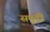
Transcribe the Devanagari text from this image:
समुद्रीं